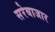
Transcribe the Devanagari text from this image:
सरेबाजार